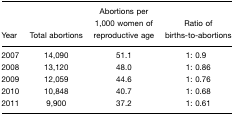
<table><thead><tr><td><b>Year</b></td><td><b>Total abortions</b></td><td><b>Abortions per 1,000 women of reproductive age</b></td><td><b>Ratio of births-to-abortions</b></td></tr></thead><tbody><tr><td>2007</td><td>14,090</td><td>51.1</td><td>1: 0.9</td></tr><tr><td>2008</td><td>13,120</td><td>48.0</td><td>1: 0.86</td></tr><tr><td>2009</td><td>12,059</td><td>44.6</td><td>1: 0.76</td></tr><tr><td>2010</td><td>10,848</td><td>40.7</td><td>1: 0.68</td></tr><tr><td>2011</td><td>9,900</td><td>37.2</td><td>1: 0.61</td></tr></tbody></table>